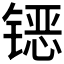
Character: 𰾪